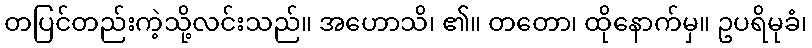
တပြင်တည်းကဲ့သို့လင်းသည်။ အဟောသိ၊ ၏။ တတော၊ ထိုနောက်မှ။ ဥပရိမုခံ၊